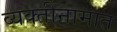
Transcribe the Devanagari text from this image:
व्यक्तीनामात